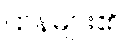
ဌာနများ၏